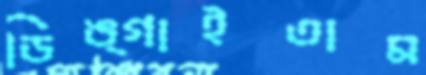
ডিঙ্গাইতাম